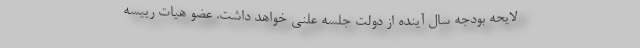
لایحه بودجه سال آینده از دولت جلسه علنی خواهد داشت. عضو هیات رییسه